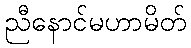
ညီနောင်မဟာမိတ်